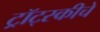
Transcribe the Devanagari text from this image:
ट्रॉट्स्कीचे